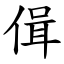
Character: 偮